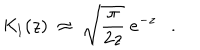
{ \mathit { K } } _ { 1 } ( z ) ~ \approx ~ \sqrt { \frac { \pi } { 2 z } } ~ e ^ { - z } .